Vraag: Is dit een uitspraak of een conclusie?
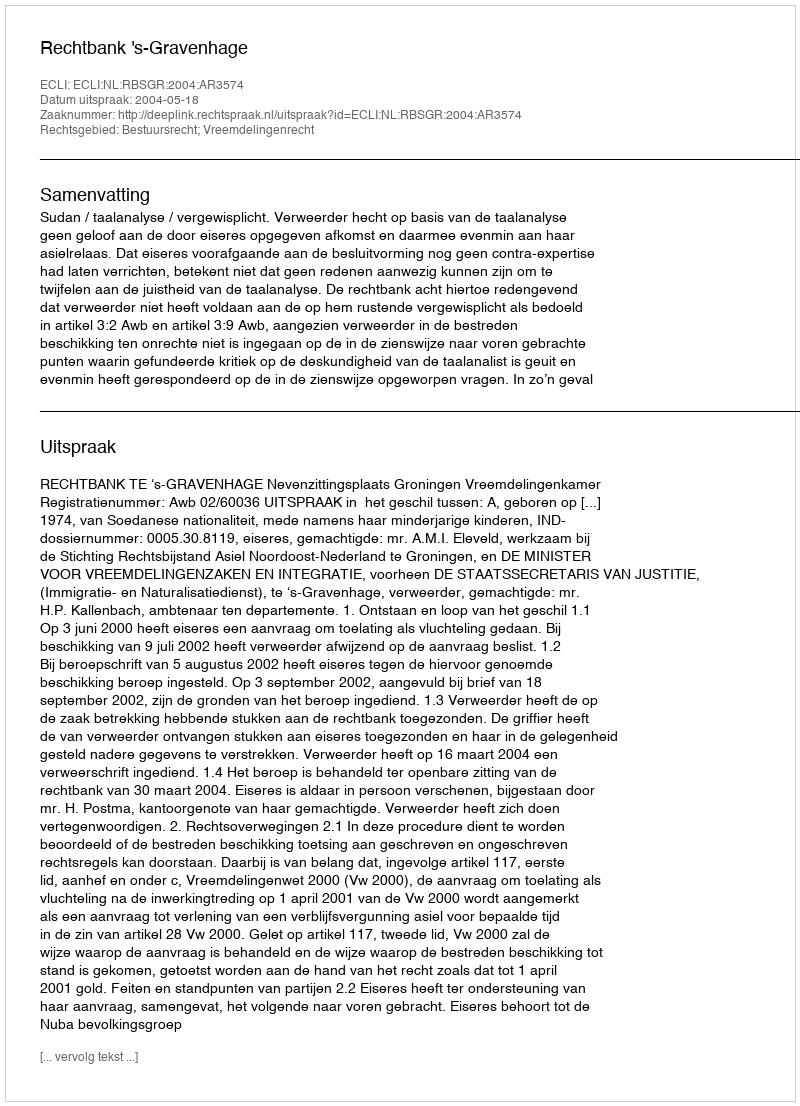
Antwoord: Uitspraak